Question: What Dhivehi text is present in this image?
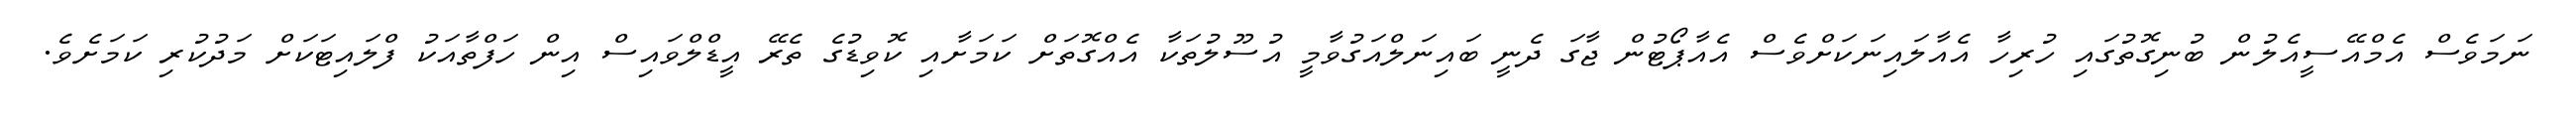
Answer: ނަމަވެސް އެމްއޭސީއެލުން ބުނިގޮތުގައި ހުރިހާ އެއާލައިނަކަށްވެސް އެއާޕޯޓުން ޖާގަ ދެނީ ބައިނަލްއަގުވާމީ އުސޫލުތަކާ އެއްގޮތަށް ކަމަށާއި ކޮވިޑުގެ ތެރޭ އީޑްލްވައިސް އިން ހަފްތާއަކު ފްލައިޓަކަށް މަދުކުރި ކަމަށެވެ.